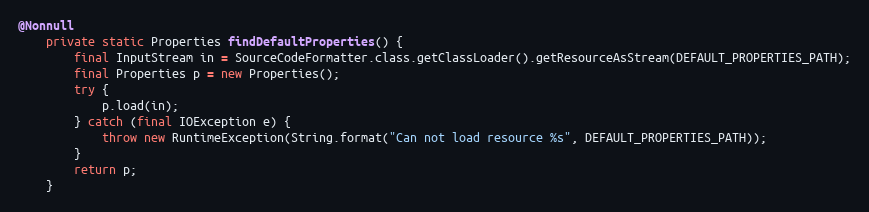
Language: Java
@Nonnull
	private static Properties findDefaultProperties() {
		final InputStream in = SourceCodeFormatter.class.getClassLoader().getResourceAsStream(DEFAULT_PROPERTIES_PATH);
		final Properties p = new Properties();
		try {
			p.load(in);
		} catch (final IOException e) {
			throw new RuntimeException(String.format("Can not load resource %s", DEFAULT_PROPERTIES_PATH));
		}
		return p;
	}